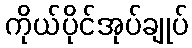
ကိုယ်ပိုင်အုပ်ချုပ်